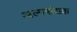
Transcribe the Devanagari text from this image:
अल्पसंख्क